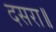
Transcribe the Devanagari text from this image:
दसरा॥